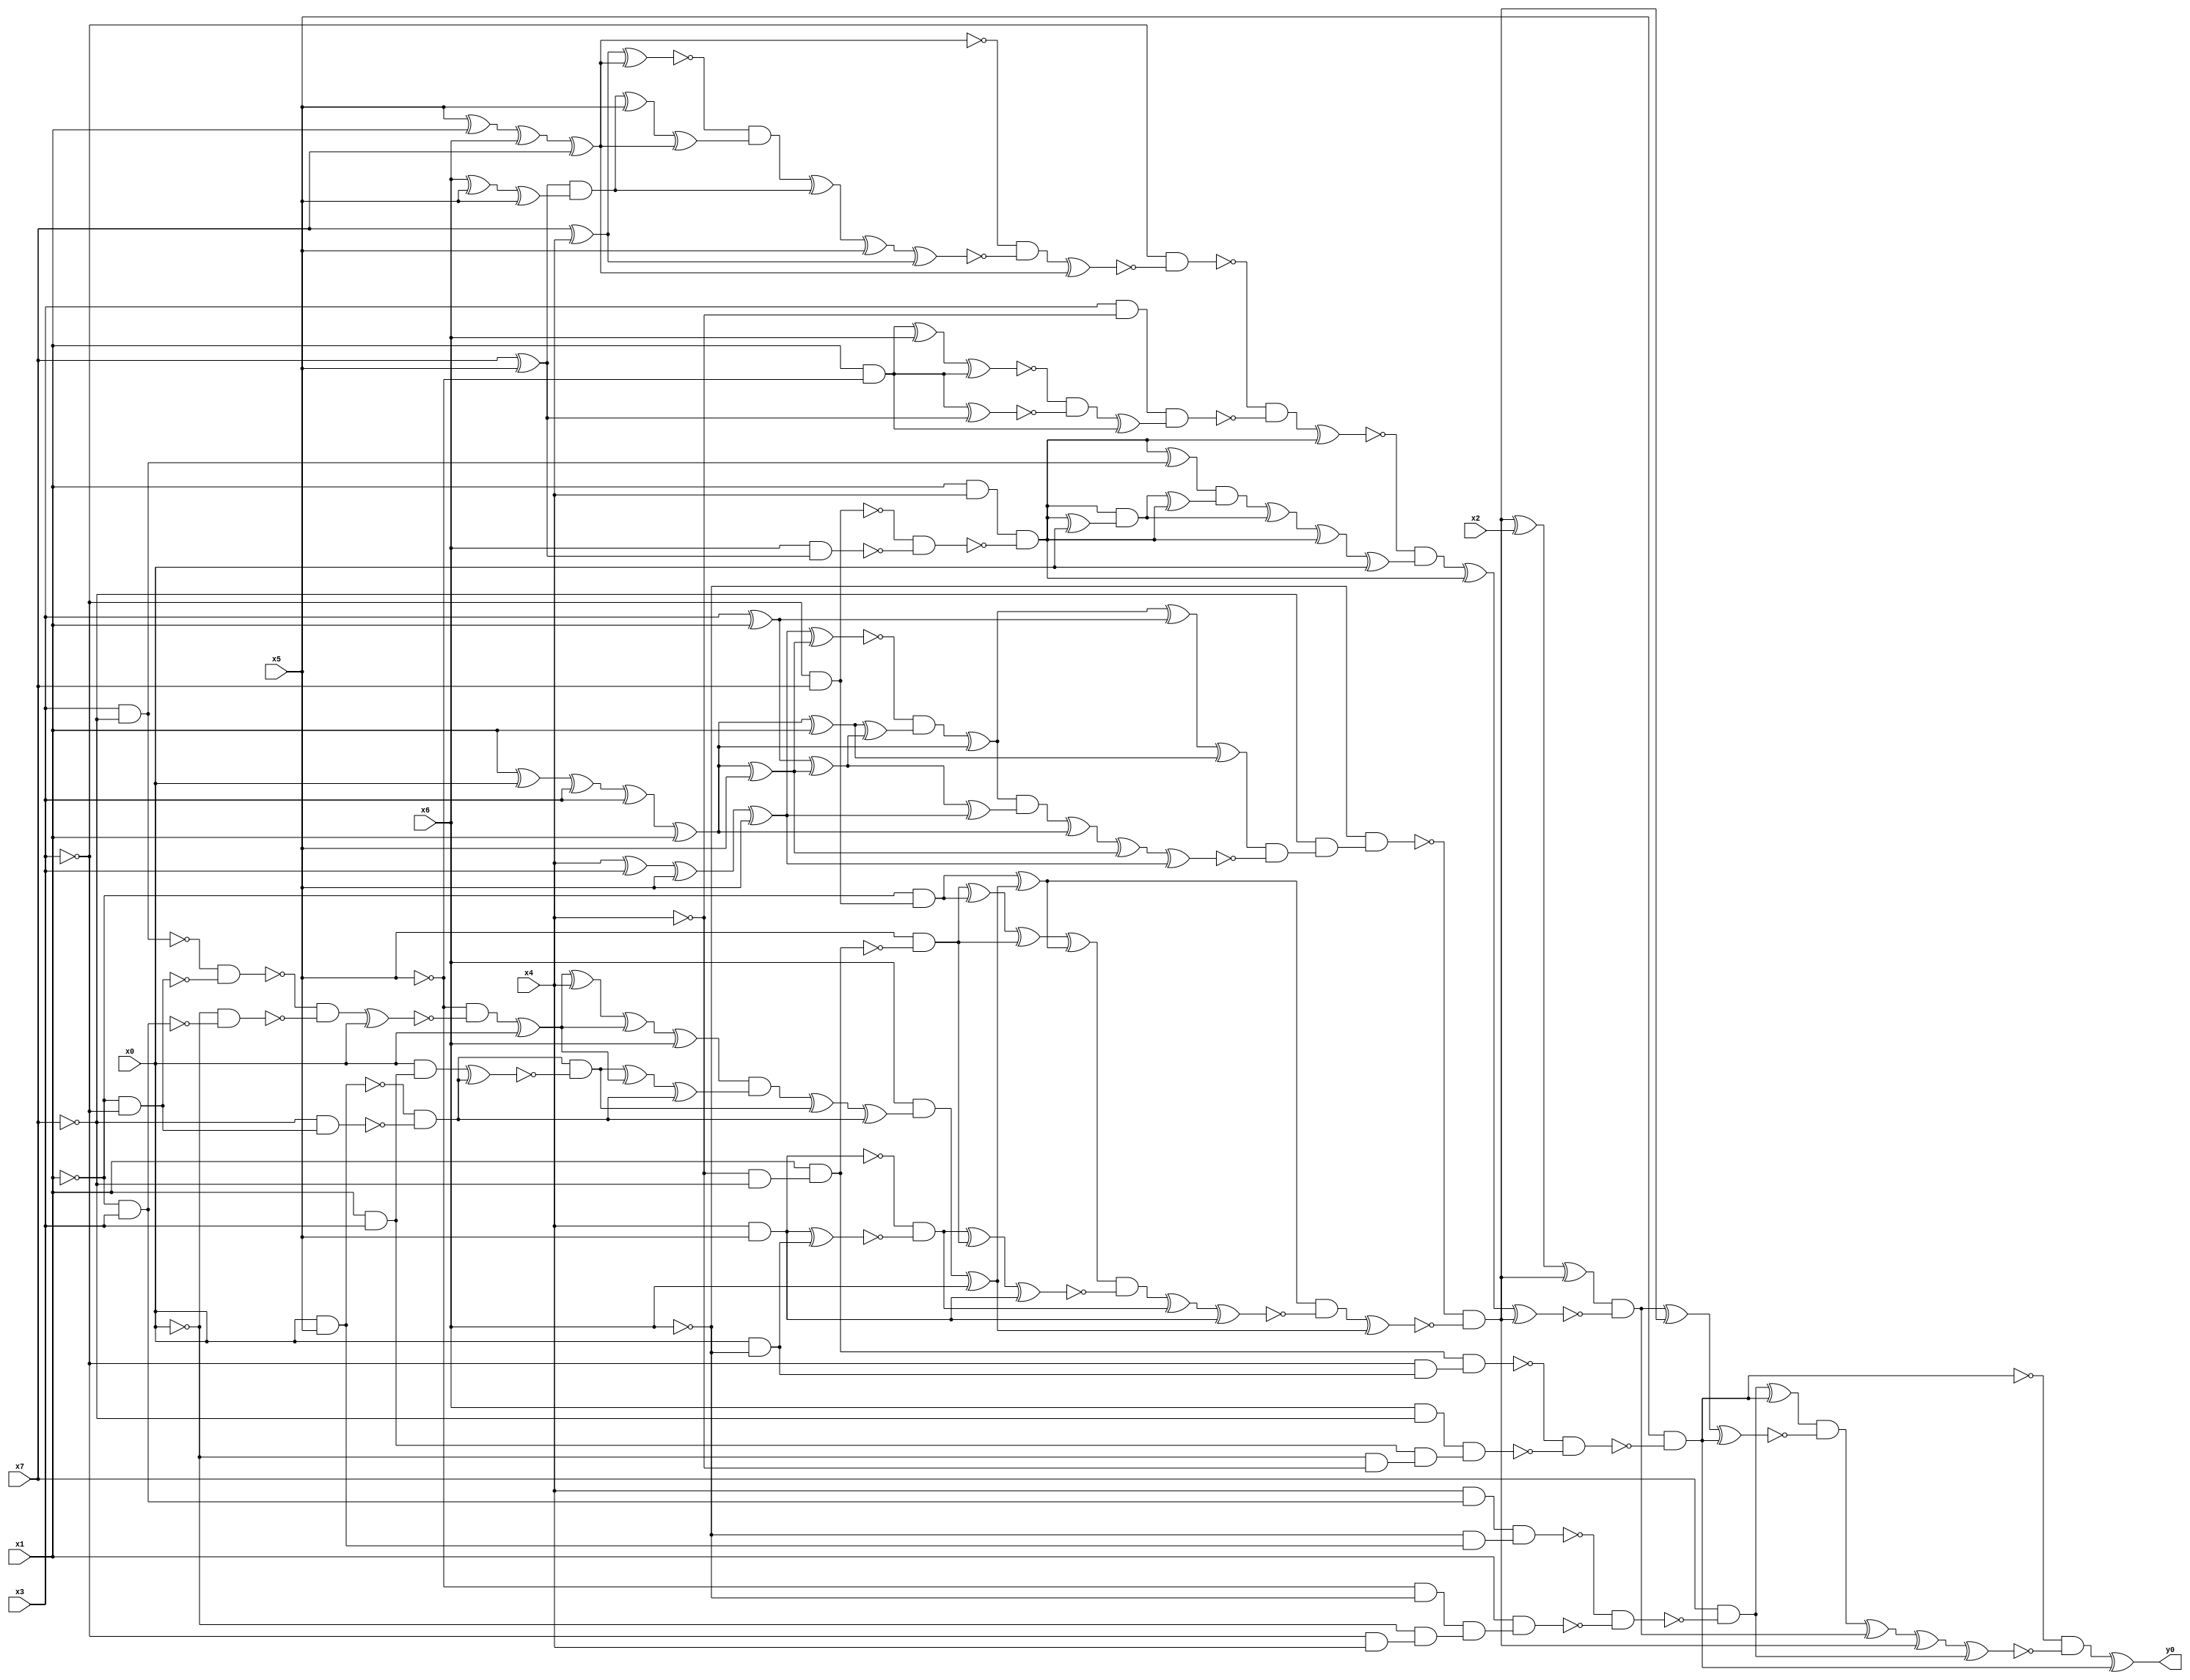
module top( x0 , x1 , x2 , x3 , x4 , x5 , x6 , x7 , y0 );
  input x0 , x1 , x2 , x3 , x4 , x5 , x6 , x7 ;
  output y0 ;
  wire n9 , n10 , n11 , n12 , n13 , n14 , n15 , n16 , n17 , n18 , n19 , n20 , n21 , n22 , n23 , n24 , n25 , n26 , n27 , n28 , n29 , n30 , n31 , n32 , n33 , n34 , n35 , n36 , n37 , n38 , n39 , n40 , n41 , n42 , n43 , n44 , n45 , n46 , n47 , n48 , n49 , n50 , n51 , n52 , n53 , n54 , n55 , n56 , n57 , n58 , n59 , n60 , n61 , n62 , n63 , n64 , n65 , n66 , n67 , n68 , n69 , n70 , n71 , n72 , n73 , n74 , n75 , n76 , n77 , n78 , n79 , n80 , n81 , n82 , n83 , n84 , n85 , n86 , n87 , n88 , n89 , n90 , n91 , n92 , n93 , n94 , n95 , n96 , n97 , n98 , n99 , n100 , n101 , n102 , n103 , n104 , n105 , n106 , n107 , n108 , n109 , n110 , n111 , n112 , n113 , n114 , n115 , n116 , n117 , n118 , n119 , n120 , n121 , n122 , n123 , n124 , n125 , n126 , n127 , n128 , n129 , n130 , n131 , n132 , n133 , n134 , n135 , n136 , n137 , n138 , n139 , n140 , n141 , n142 , n143 , n144 , n145 , n146 , n147 , n148 , n149 , n150 , n151 , n152 , n153 ;
  assign n9 = ~x4 & ~x7 ;
  assign n10 = x1 & n9 ;
  assign n11 = x0 & ~x6 ;
  assign n12 = ~x3 & n11 ;
  assign n13 = n10 & n12 ;
  assign n14 = x6 & ~x7 ;
  assign n15 = x1 & x3 ;
  assign n16 = ~x0 & ~x4 ;
  assign n17 = n15 & n16 ;
  assign n18 = n14 & n17 ;
  assign n19 = ~n13 & ~n18 ;
  assign n20 = x5 & ~n19 ;
  assign n21 = ~x1 & x3 ;
  assign n22 = x4 & n21 ;
  assign n23 = x0 & x5 ;
  assign n24 = ~x6 & n23 ;
  assign n25 = n22 & n24 ;
  assign n26 = ~x5 & ~x6 ;
  assign n27 = ~x3 & x4 ;
  assign n28 = ~x0 & n27 ;
  assign n29 = n26 & n28 ;
  assign n30 = x1 & n29 ;
  assign n31 = ~n25 & ~n30 ;
  assign n32 = x7 & ~n31 ;
  assign n33 = n32 ^ n20 ;
  assign n39 = x4 ^ x3 ;
  assign n40 = n39 ^ x5 ;
  assign n41 = n40 ^ x5 ;
  assign n34 = x1 ^ x0 ;
  assign n35 = n34 ^ x3 ;
  assign n36 = n35 ^ x3 ;
  assign n37 = n36 ^ x1 ;
  assign n38 = n37 ^ x5 ;
  assign n42 = n41 ^ n38 ;
  assign n45 = n37 ^ x1 ;
  assign n43 = x3 ^ x1 ;
  assign n44 = n43 ^ n38 ;
  assign n46 = n45 ^ n44 ;
  assign n47 = ~n42 & n46 ;
  assign n48 = n47 ^ n37 ;
  assign n49 = n48 ^ n43 ;
  assign n50 = n49 ^ n45 ;
  assign n51 = n44 ^ n41 ;
  assign n52 = n48 & n51 ;
  assign n53 = n52 ^ n37 ;
  assign n54 = n53 ^ n38 ;
  assign n55 = n54 ^ n41 ;
  assign n56 = n50 & ~n55 ;
  assign n57 = ~x7 & n56 ;
  assign n58 = ~x6 & n57 ;
  assign n82 = ~x3 & x7 ;
  assign n83 = ~x1 & n82 ;
  assign n59 = x3 & ~x7 ;
  assign n60 = ~x1 & ~x3 ;
  assign n61 = ~n59 & ~n60 ;
  assign n62 = ~x0 & ~n21 ;
  assign n63 = ~n61 & ~n62 ;
  assign n64 = n63 ^ x0 ;
  assign n65 = ~x5 & ~n64 ;
  assign n66 = n65 ^ x0 ;
  assign n67 = n66 ^ x4 ;
  assign n68 = n67 ^ n66 ;
  assign n69 = n68 ^ x6 ;
  assign n70 = ~x7 & n60 ;
  assign n71 = ~n23 & ~n70 ;
  assign n72 = x0 & n15 ;
  assign n73 = n72 ^ n71 ;
  assign n74 = n71 & ~n73 ;
  assign n75 = n74 ^ n66 ;
  assign n76 = n75 ^ n71 ;
  assign n77 = n69 & n76 ;
  assign n78 = n77 ^ n74 ;
  assign n79 = n78 ^ n71 ;
  assign n80 = x6 & n79 ;
  assign n81 = n80 ^ x6 ;
  assign n84 = n83 ^ n81 ;
  assign n85 = x5 & ~n10 ;
  assign n86 = n85 ^ n83 ;
  assign n87 = n86 ^ n85 ;
  assign n88 = n87 ^ n84 ;
  assign n89 = x4 & x5 ;
  assign n90 = n89 ^ n11 ;
  assign n91 = ~n89 & ~n90 ;
  assign n92 = n91 ^ n85 ;
  assign n93 = n92 ^ n89 ;
  assign n94 = n88 & ~n93 ;
  assign n95 = n94 ^ n91 ;
  assign n96 = n95 ^ n89 ;
  assign n97 = n84 & ~n96 ;
  assign n98 = n97 ^ n81 ;
  assign n99 = ~n58 & ~n98 ;
  assign n100 = n99 ^ x2 ;
  assign n101 = n100 ^ n99 ;
  assign n107 = x5 ^ x1 ;
  assign n108 = n107 ^ x6 ;
  assign n109 = n108 ^ x7 ;
  assign n110 = x7 ^ x4 ;
  assign n111 = n110 ^ n109 ;
  assign n103 = x7 ^ x5 ;
  assign n112 = x6 ^ x5 ;
  assign n113 = n112 ^ x5 ;
  assign n114 = n103 & n113 ;
  assign n115 = n114 ^ x5 ;
  assign n116 = n115 ^ n109 ;
  assign n117 = ~n111 & n116 ;
  assign n118 = n117 ^ n114 ;
  assign n119 = n118 ^ x5 ;
  assign n120 = n119 ^ n110 ;
  assign n121 = ~n109 & ~n120 ;
  assign n122 = n121 ^ n109 ;
  assign n123 = ~x3 & ~n122 ;
  assign n124 = x3 & ~x4 ;
  assign n125 = x1 & ~x5 ;
  assign n126 = n125 ^ x6 ;
  assign n127 = n126 ^ n125 ;
  assign n128 = n125 ^ n103 ;
  assign n129 = ~n127 & ~n128 ;
  assign n130 = n129 ^ n125 ;
  assign n131 = n124 & n130 ;
  assign n132 = ~n123 & ~n131 ;
  assign n102 = x1 & x4 ;
  assign n104 = x6 & n103 ;
  assign n105 = ~n82 & ~n104 ;
  assign n106 = n102 & ~n105 ;
  assign n133 = n132 ^ n106 ;
  assign n134 = n106 ^ n59 ;
  assign n135 = n106 ^ x0 ;
  assign n136 = n106 & n135 ;
  assign n137 = n136 ^ n106 ;
  assign n138 = n134 & n137 ;
  assign n139 = n138 ^ n136 ;
  assign n140 = n139 ^ n106 ;
  assign n141 = n140 ^ x0 ;
  assign n142 = ~n133 & n141 ;
  assign n143 = n142 ^ n106 ;
  assign n144 = n143 ^ n99 ;
  assign n145 = n101 & ~n144 ;
  assign n146 = n145 ^ n99 ;
  assign n147 = n146 ^ n20 ;
  assign n148 = n33 & ~n147 ;
  assign n149 = n148 ^ n145 ;
  assign n150 = n149 ^ n99 ;
  assign n151 = n150 ^ n32 ;
  assign n152 = ~n20 & ~n151 ;
  assign n153 = n152 ^ n20 ;
  assign y0 = n153 ;
endmodule